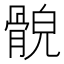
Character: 𩩕